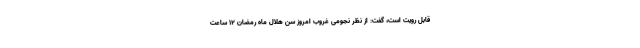
قابل رویت است، گفت: از نظر نجومی غروب امروز سن هلال ماه رمضان ۱۲ ساعت